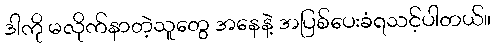
ဒါကို မလိုက်နာတဲ့သူတွေ အနေနဲ့ အပြစ်ပေးခံရသင့်ပါတယ်။